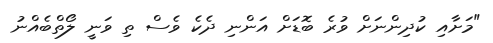
"މަށާއި ކުދިންނަށް ވުރެ ބޮޑަށް އަންނި ދެކެ ވެސް ތި ވަނީ ލޯތްބެއްނު